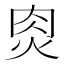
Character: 𰞎